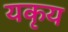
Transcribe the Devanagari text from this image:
यकृय